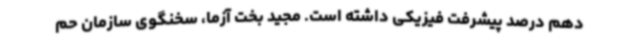
دهم درصد پیشرفت فیزیکی داشته است. مجید بخت آزما، سخنگوی سازمان حم